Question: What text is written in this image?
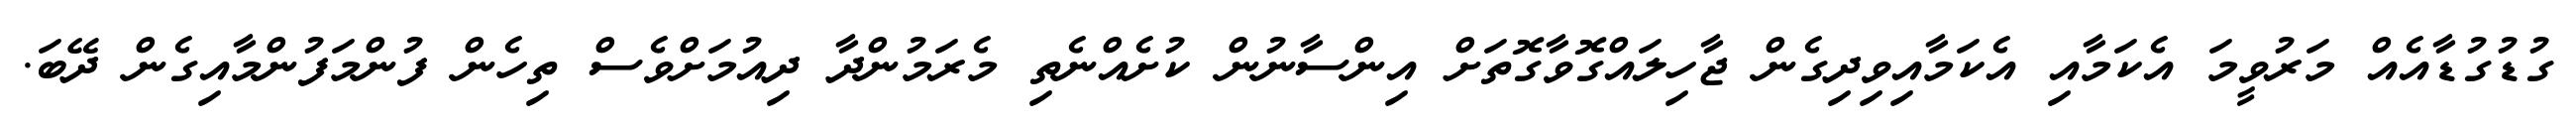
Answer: ގުޑުގުޑާއެއް މަރުވީމަ އެކަމާއި އެކަމާއިވިދިގެން ޖާހިލައްގޮވާގޮތަށް އިންސާނުން ކުށެއްނެތި މެރަމުންދާ ދިއުމަށްވެސް ތިހެން ފުންމަފުންމާއިގެން ދޭބަ.